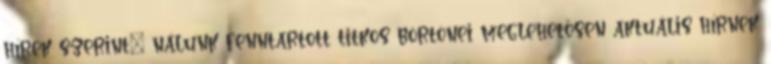
hírek szerint” nálunk fenntartott titkos börtönei meglehetősen aktuális hírnek